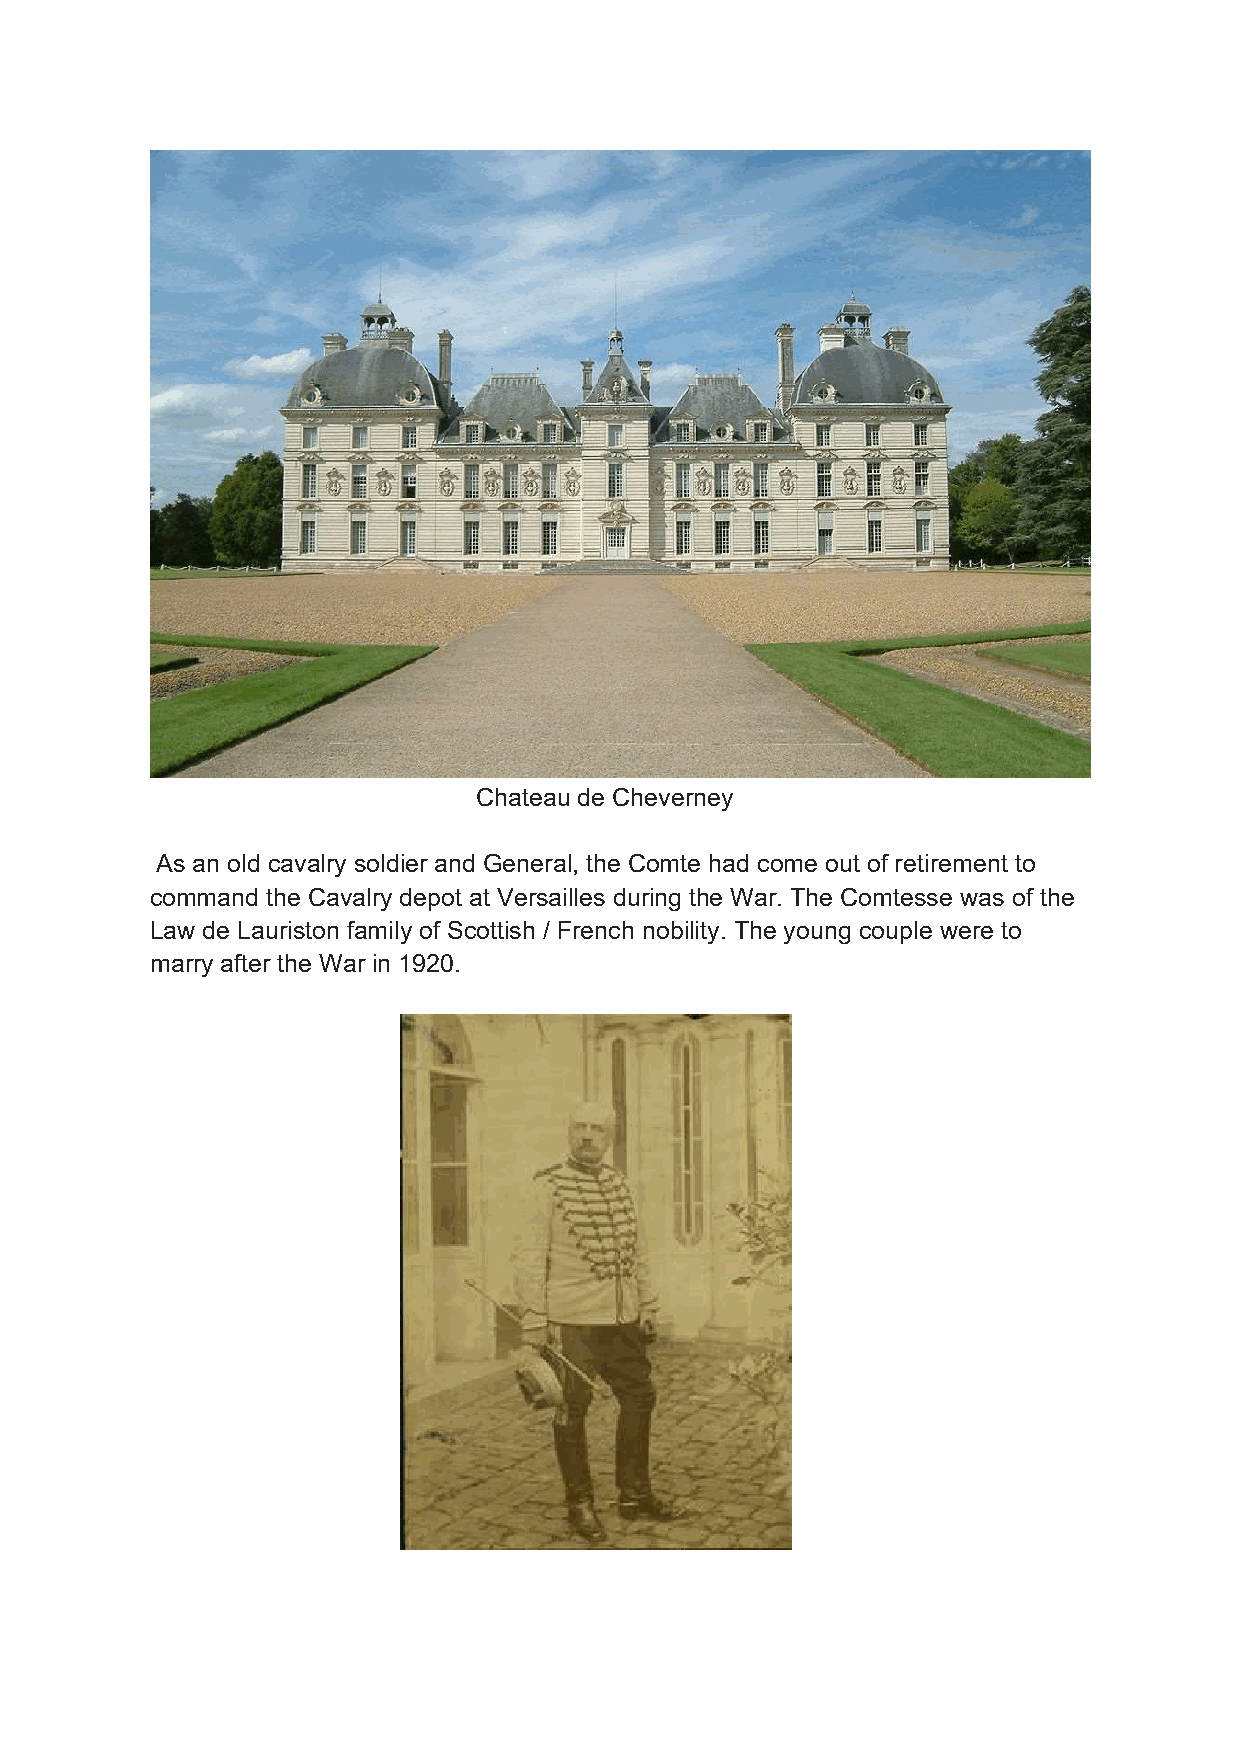
Chateau de Cheverney
 As an old cavalry soldier and General, the Comte had come out of retirement to
 command the Cavalry depot at Versailles during the War. The Comtesse was of the
 Law de Lauriston family of Scottish / French nobility. The young couple were to
 marry after the War in 1920.